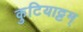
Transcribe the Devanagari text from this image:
कुटियाट्टम्